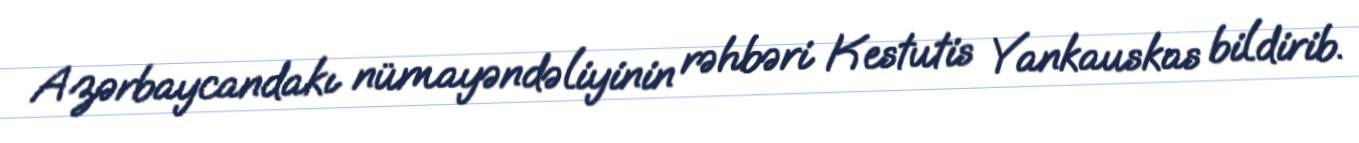
Azərbaycandakı nümayəndəliyinin rəhbəri Kestutis Yankauskas bildirib.